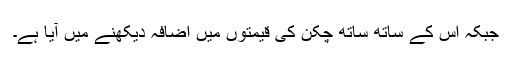
جبکہ اس کے ساتھ ساتھ چکن کی قیمتوں میں اضافہ دیکھنے میں آیا ہے۔